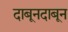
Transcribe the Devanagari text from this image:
दाबूनदाबून